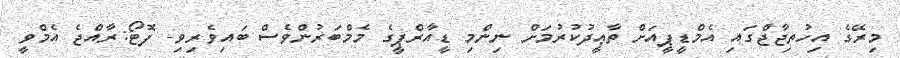
މިރޭގެ އިހުތިޖާޖްގައި އެމްޑީޕީއަށް ތާޢީދުކުރުމަށް ނިންމި ޑީއާރްޕީގެ މެމްބަރުންވެސް ބައިވެރިވި- ފޮޓޯ:ރާއްޖެ އެމްވީ